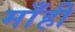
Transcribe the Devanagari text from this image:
माँही